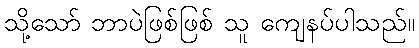
သို့သော် ဘာပဲဖြစ်ဖြစ် သူ ကျေနပ်ပါသည်။